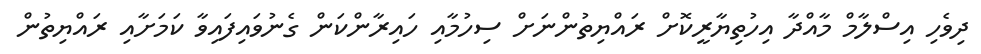
ދިވެހި އިސްލާމް މާއްދާ އިހުތިޔާރީކޮށް ރައްޔިތުންނަށް ސިހުމާއި ހައިރާންކަން ގެނުވައިފައިވާ ކަމަށާއި ރައްޔިތުން